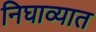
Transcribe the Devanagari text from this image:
निघाव्यात